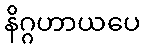
နိဂ္ဂဟာယပေ